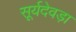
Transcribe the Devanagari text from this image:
सूर्यदेवड़ा